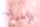
الإطراء